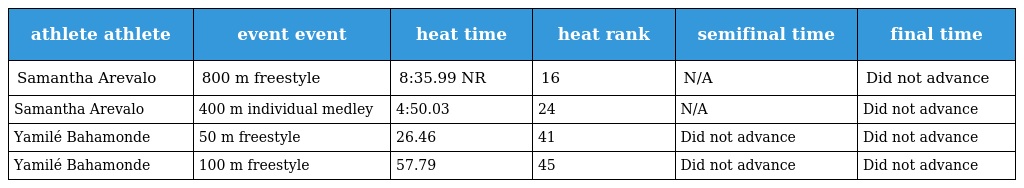
| athlete athlete | event event | heat time | heat rank | semifinal time | final time |
 | --- | --- | --- | --- | --- | --- |
 | Samantha Arevalo | 800 m freestyle | 8:35.99 NR | 16 | N/A | Did not advance |
 | Samantha Arevalo | 400 m individual medley | 4:50.03 | 24 | N/A | Did not advance |
 | Yamilé Bahamonde | 50 m freestyle | 26.46 | 41 | Did not advance | Did not advance |
 | Yamilé Bahamonde | 100 m freestyle | 57.79 | 45 | Did not advance | Did not advance |